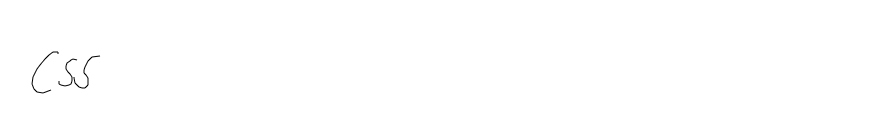
CSS